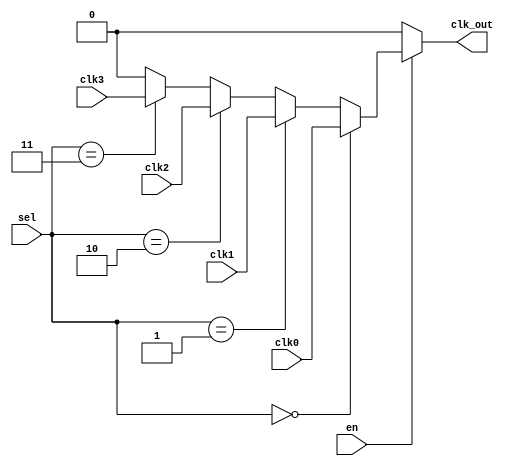
module clock_multiplexer_buffer (
    input wire clk0,       // Clock input 0
    input wire clk1,       // Clock input 1
    input wire clk2,       // Clock input 2
    input wire clk3,       // Clock input 3
    input wire [1:0] sel,  // 2-bit selection input
    input wire en,         // Enable input
    output reg clk_out     // Buffered clock output
);

// Internal signal to hold the selected clock
wire selected_clk;

// Multiplexing logic to select the desired clock input based on 'sel'
assign selected_clk = (sel == 2'b00) ? clk0 :
                      (sel == 2'b01) ? clk1 :
                      (sel == 2'b10) ? clk2 :
                      (sel == 2'b11) ? clk3 : 1'b0; // Default to low if no valid selection

// Buffering and output control
always @* begin
    if (en) begin
        clk_out = selected_clk; // Route the selected clock when enabled
    end else begin
        clk_out = 1'b0; // Hold output low when disabled
    end
end

endmodule